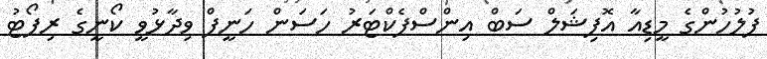
ފުލުހުންގެ މީޑިއާ އޮފިޝަލް ސަބް އިންސްޕެކްޓަރު ހަސަން ހަނީފް ވިދާޅުވީ ކޯނީގެ ރިޕޯޓު